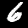
Label: 6